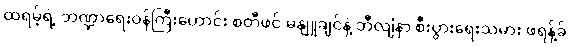
ထရမ့်ရဲ့ ဘဏ္ဍာရေးဝန်ကြီးဟောင်း စတီဖင် မနျူချင်နဲ့ ဘီလျံနာ စီးပွားရေးသမား ဖရန့်ခ်